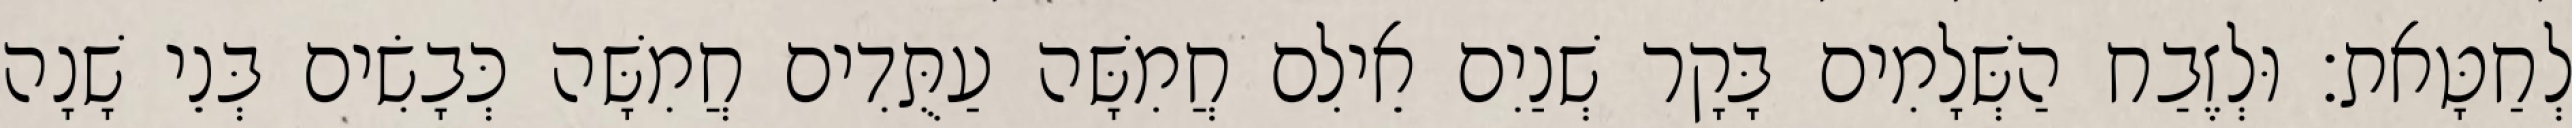
לְחַטָּאת׃ וּלְזֶבַח הַשְּׁלָמִים בָּקָר שְׁנַיִם אֵילִם חֲמִשָּׁה עַתֻּדִים חֲמִשָּׁה כְּבָשִׂים בְּנֵי שָׁנָה